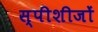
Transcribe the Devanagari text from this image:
स्पीशीजों